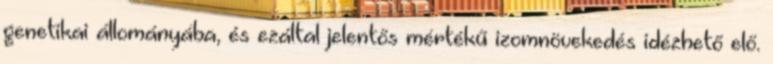
genetikai állományába, és ezáltal jelentős mértékű izomnövekedés idézhető elő.